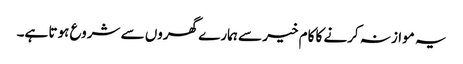
یہ موازنہ کرنے کا کام خیر سے ہمارے گھروں سے شروع ہوتا ہے۔